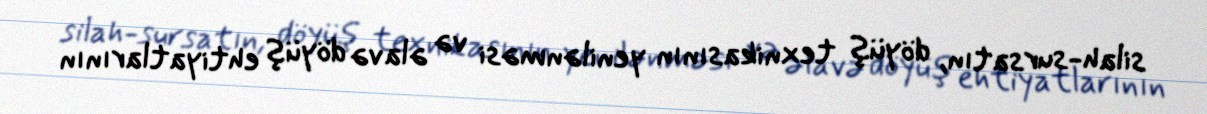
silah-sursatın, döyüş texnikasının yenilənməsi və əlavə döyüş ehtiyatlarının